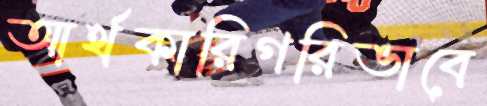
আর্থকারিগরিভাবে